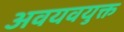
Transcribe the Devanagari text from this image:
अवयवयुक्त